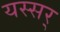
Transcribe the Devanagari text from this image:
यस्सर्